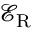
\mathcal { E } _ { \mathrm { R } }